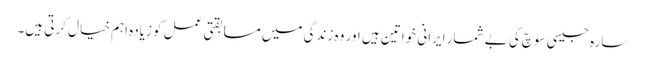
سارہ جیسی سوچ کی بے شمار ایرانی خواتین ہیں اور وہ زندگی میں مسابقتی عمل کو زیادہ اہم خیال کرتی ہیں۔